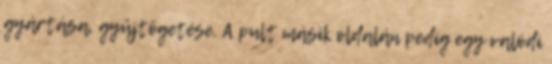
gyártása, gyűjtögetése. A pult másik oldalán pedig egy valódi